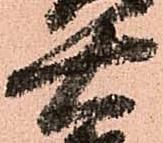
右